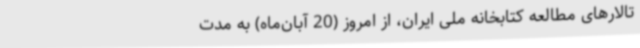
تالارهای مطالعه کتابخانه ملی ایران، از امروز (20 آبان‌ماه) به مدت